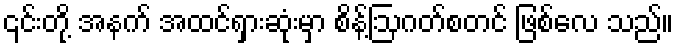
၎င်းတို့ အနက် အထင်ရှားဆုံးမှာ စိန့်ဩဂတ်စတင် ဖြစ်လေ သည်။